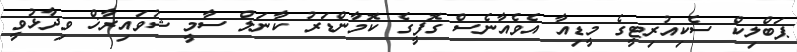
ޕަބްލިކް ސެކިއުރިޓީގެ މީޑިއާ އެވެއާނެސް ގޮފީގެ ކޮމާންޑަރު ކާނަލް ސާމީ ޝުވައިރާޚް ވިދާޅުވީ